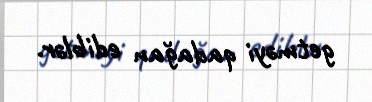
getməyi qadağan ediblər.